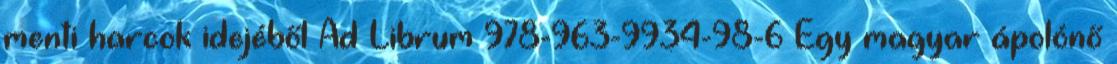
menti harcok idejéből Ad Librum 978-963-9934-98-6 Egy magyar ápolónő